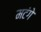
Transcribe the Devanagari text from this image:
मटंगे